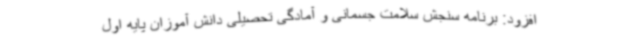
افزود: برنامه سنجش سلامت جسمانی و آمادگی تحصیلی دانش آموزان پایه اول